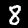
Digit: 8